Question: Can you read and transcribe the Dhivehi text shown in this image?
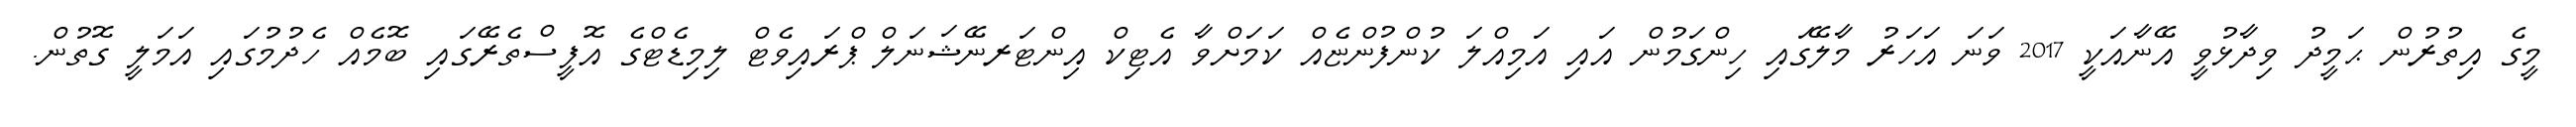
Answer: މީގެ އިތުރުން ޙަމީދު ވިދާޅުވީ އޭނާއަކީ 2017 ވަނަ އަހަރު މާލޭގައި ހިންގަމުން އައި އަމިއްލަ ކުންފުންޏެއް ކަމަށްވާ އެޓިކް އިންޓަރނޭޝަނަލް ޕްރައިވެޓް ލިމިޑެޓްގެ އޮފީސްތެރޭގައި ބޮމެއް ހެދުމުގައި އަމަލީ ގޮތުން.